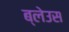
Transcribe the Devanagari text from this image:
ब्लेउस